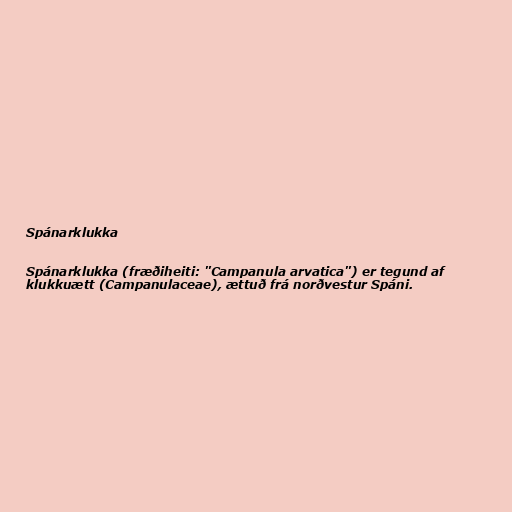
Spánarklukka

Spánarklukka (fræðiheiti: "Campanula arvatica") er tegund af
klukkuætt (Campanulaceae), ættuð frá norðvestur Spáni.